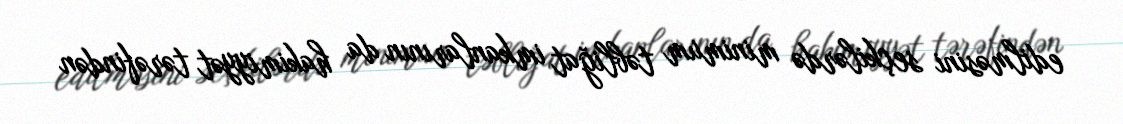
edilməsini seçkilərdə minimum təbliğat imkanlarının da hakimiyyət tərəfindən